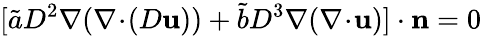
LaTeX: [\tilde{a}D^{2}\nabla(\nabla\! \cdot\! (D\mathbf{u}))+\tilde{b}D^{3}\nabla(\nabla\! \cdot\! \mathbf{u})]\cdot\mathbf{n}=0